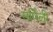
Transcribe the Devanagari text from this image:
सर्पिली